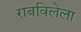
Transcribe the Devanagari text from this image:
राबविलेला